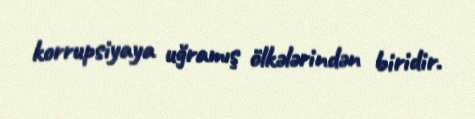
korrupsiyaya uğramış ölkələrindən biridir.